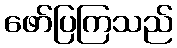
ဖော်ပြကြသည်